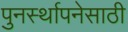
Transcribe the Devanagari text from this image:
पुनर्स्थापनेसाठी